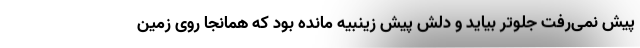
پیش نمی‌رفت جلوتر بیاید و دلش پیش زینبیه مانده بود که همانجا روی زمین